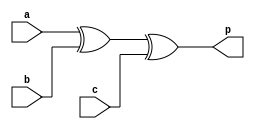
module parity (
  input a,
  input b,
  input c,
  output p
);

  assign p = a ^ b ^ c;

endmodule